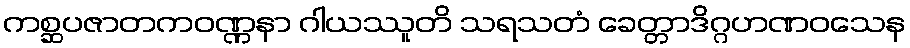
ကစ္ဆပဇာတကဝဏ္ဏနာ ဂါယဿူတိ သရသတံ ခေတ္တာဒိဂ္ဂဟဏဝသေန